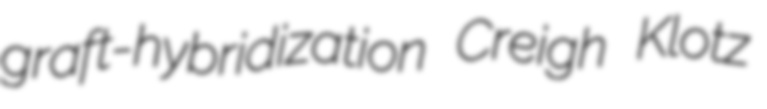
graft-hybridization Creigh Klotz